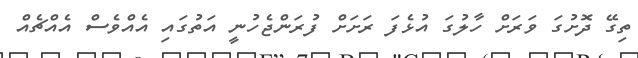
ތިގޭ ދޮށުގަ ވަރަށް ހާލުގަ އުޅެފަ ރަށަށް ފުރަންޖެހުނީ އަތުގައި އެއްވެސް އެއްޗެއް